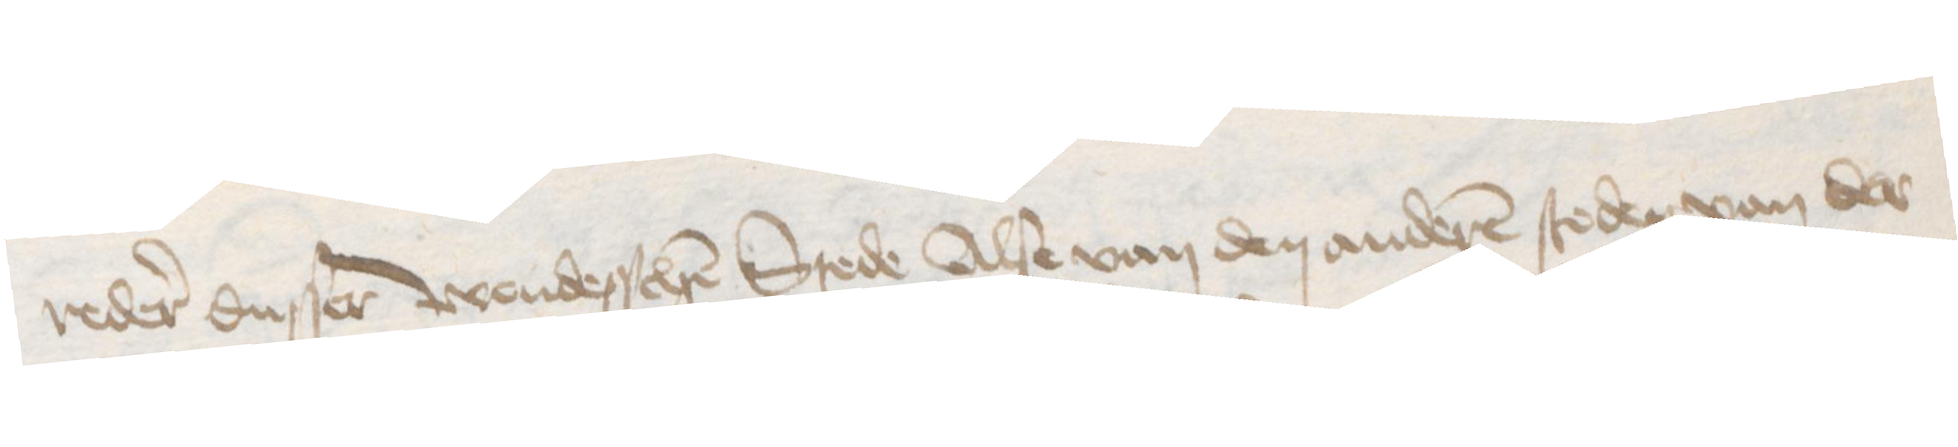
reder dusser wendesschen Stede Alse van den anderen steden van der